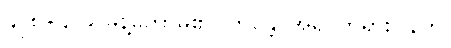
၄၂၈+၄၂၉ မိန့်တော်မူ၏။ ဘန္တေ၊ အရှင်ဘုရား။ နဟိ၊